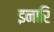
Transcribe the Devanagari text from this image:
इनारि